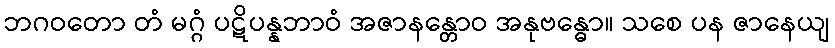
ဘဂဝတော တံ မဂ္ဂံ ပဋိပန္နဘာဝံ အဇာနန္တောဝ အနုဗန္ဓော။ သစေ ပန ဇာနေယျ